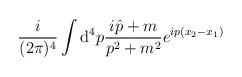
LaTeX: \begin{align*}\frac{i}{(2\pi)^4}\int {\mathrm d}^4 p \frac{i \hat{p}+m}{p^2+m^2}e^{i p(x_2-x_1)}\end{align*}